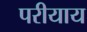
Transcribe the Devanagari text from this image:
परीयाय